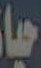
حياة